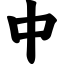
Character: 中